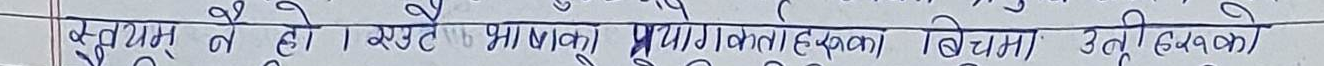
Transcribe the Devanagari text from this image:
बुध्न न्यु हो । खुटै भाषका प्रयोगकोलाहरुकम विभिन बस्तुहरुकै